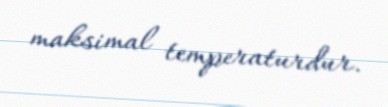
maksimal temperaturdur.